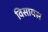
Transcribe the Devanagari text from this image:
विसायस